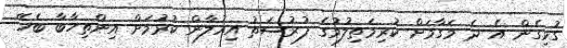
ގުޅިގެން އެ ދެ މަގާމަށް ކުރިމަތިލުމުގެ ފުރުސަތު އިއުލާން ކުރުމަށް އިންތިހާބާ ބެހޭ